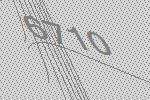
6710